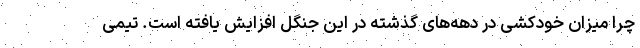
چرا میزان خودکشی در دهه‌های گذشته در این جنگل افزایش یافته است. تیمی